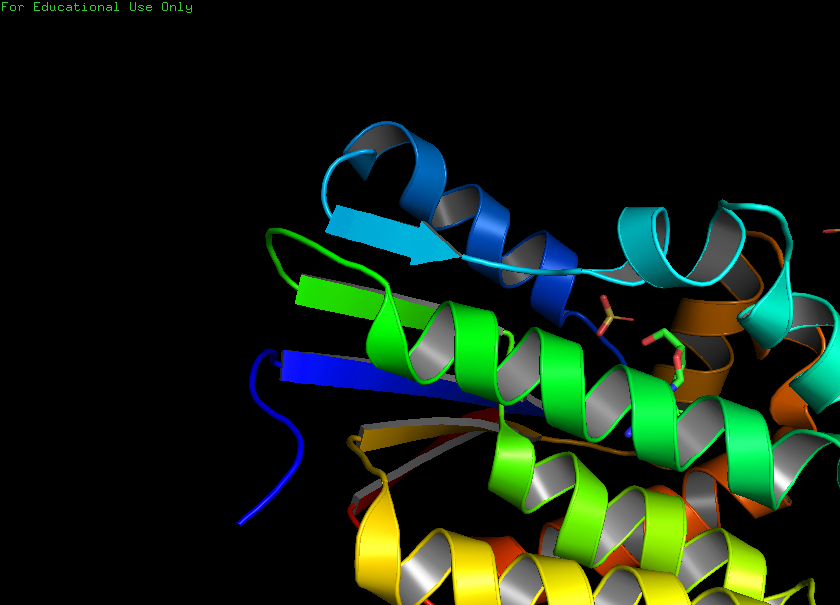
pymol, preset, publication